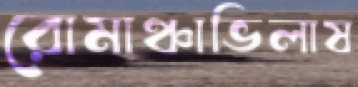
রোমাঞ্চাভিলাষ